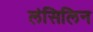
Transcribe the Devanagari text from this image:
लंसिलिन